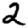
Digit: 2